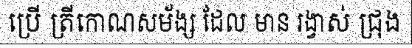
ប្រើ ត្រីកោណសម័ង្ស ដែល មាន រង្វាស់ ជ្រុង